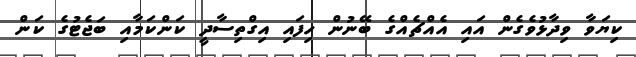
ކިޔަވާ ވިދާޅުވެގެން އައި އެއްޗެއްގެ ބޭނުން ހިފައި އިގްތިސާދީ ކަންކަމާއި ބަޖެޓުގެ ކަން